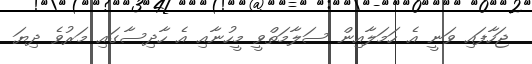
ޖަހާފައި ވަނީ އެ ހަމަލާއިން ސަލާމަތްވީ މީހުނާއި އެ ހާދިސާގައި މަރުވެ ދިޔަ